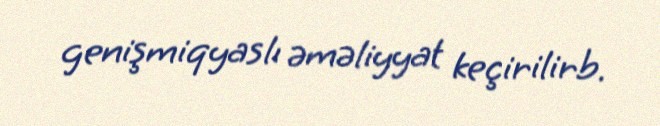
genişmiqyaslı əməliyyat keçirilirb.